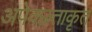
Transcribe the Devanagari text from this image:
अपेक्छताकृत